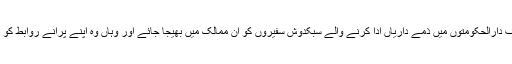
عمران خان کی پُراثر تقریر کے بعد مسلسل ہم یہ تجویز دوہرا رہے ہیں کہ دنیا کے مختلف دارالحکومتوں میں ذمے داریاں ادا کرنے والے سبکدوش سفیروں کو ان ممالک میں بھیجا جائے اور وہاں وہ اپنے پرانے روابط کو استعمال میں لا کر کشمیر کی صورت حال عام لوگوں اور مؤثر حلقوں کے سامنے لائیں۔